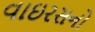
વાઇરસનો